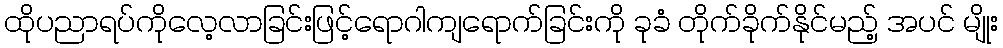
ထိုပညာရပ်ကိုလေ့လာခြင်းဖြင့်ရောဂါကျရောက်ခြင်းကို ခုခံ တိုက်ခိုက်နိုင်မည့် အပင် မျိုး